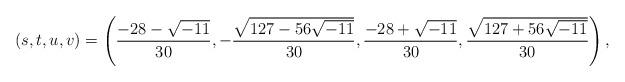
LaTeX: \begin{align*} (s,t,u,v) &= \left(\frac{-28-\sqrt{-11}}{30}, -\frac{\sqrt{127-56\sqrt{-11}}}{30}, \frac{-28+\sqrt{-11}}{30}, \frac{\sqrt{127+56\sqrt{-11}}}{30} \right),\\ \end{align*}